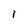
Character: I